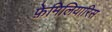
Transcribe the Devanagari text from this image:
फ़ेमिलियारिस